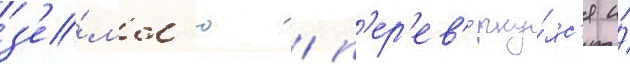
з'е́мл'ю / п'ер'ев'ерну́лс'я и́